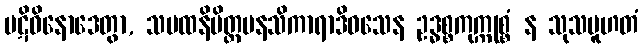
ပဋိဝိနောဒေတွာ, သမထနိမိတ္တမနသိကာရာဒိဝသေန ဥဒ္ဓစ္စကုက္ကုစ္စံ န သုသမူဟတံ